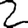
Digit: 2